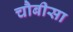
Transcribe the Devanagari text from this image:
चौबीसा